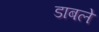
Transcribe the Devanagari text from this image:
डाबले